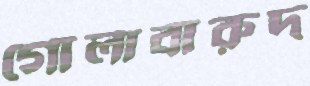
গোলাবারুদ